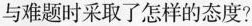
与难题时采取了怎样的态度?